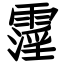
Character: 霪